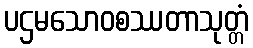
ပဌမသောဝစဿတာသုတ္တံ